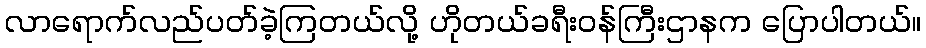
လာရောက်လည်ပတ်ခဲ့ကြတယ်လို့ ဟိုတယ်ခရီးဝန်ကြီးဌာနက ပြောပါတယ်။